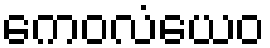
ကေဝလံယေဝ